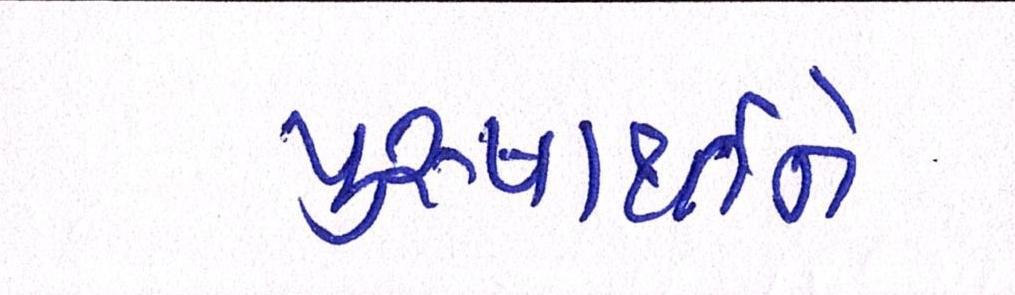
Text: પુરુષાર્થીને